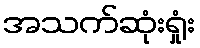
အသက်ဆုံးရှုံး